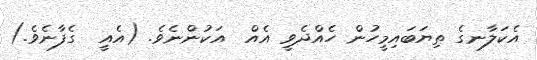
އެކަލާނގެ ތިޔަބައިމީހުން ހެއްދެވީ އެއް  އަކުންނެވެ. (އެއީ  ގެފާނެވެ.)